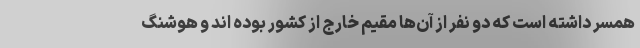
همسر داشته است که دو نفر از آن‌ها مقیم خارج از کشور بوده اند و هوشنگ